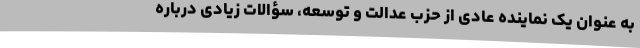
به عنوان یک نماینده عادی از حزب عدالت و توسعه، سؤالات زیادی درباره